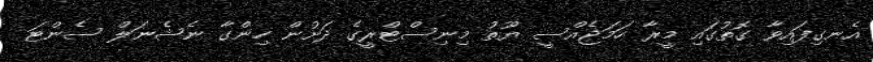
އެނގިފައިވާ ގޮތުގައި މީރާ ހަމަޖެއްސީ ޔޫތު މިނިސްޓްރީގެ ދަށުން ހިންގާ ނެޝެނަލް ސެންޓަ